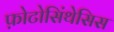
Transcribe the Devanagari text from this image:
फ़ोटोसिंथेसिस